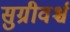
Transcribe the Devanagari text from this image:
सुग्रीवर्श्च